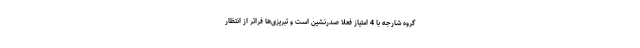
گروه شارجه با 4 امتیاز فعلاً صدرنشین است و تبریزی‌ها فراتر از انتظار